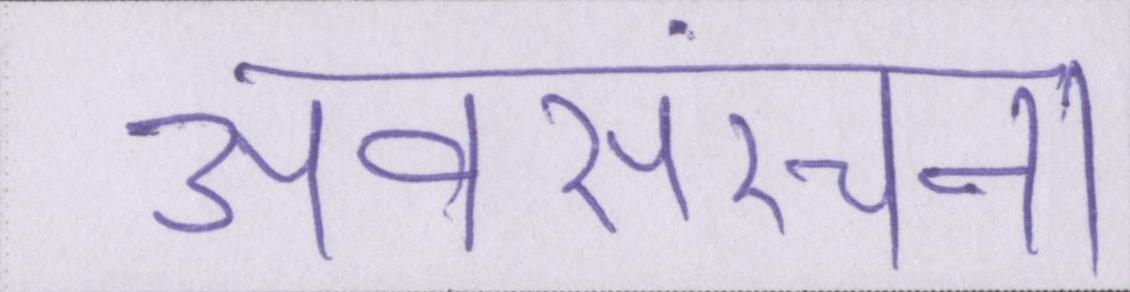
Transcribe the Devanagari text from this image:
अवसंरचना